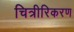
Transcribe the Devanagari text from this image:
चित्रीरिकरण